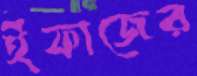
ইফাজের